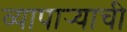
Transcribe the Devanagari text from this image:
व्यापार्‍याची